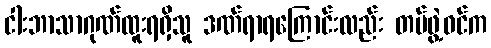
ငါးဘာသာဂုဏ်ထူးရရှိသူ ဒဏ်ရာရကြောင်းလည်း တပ်ဖွဲ့ဝင်က